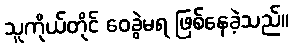
သူကိုယ်တိုင် ဝေခွဲမရ ဖြစ်နေခဲ့သည်။